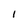
Character: I